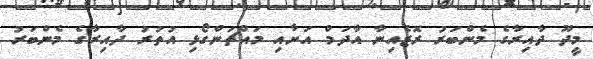
މީދޫ ދާއިރާގެ މެންބަރު ރޮޒެއިނާ އާދަމް އަށާއި މައްޗަންގޯޅި އުތުރު ދާއިރާގެ މެންބަރު